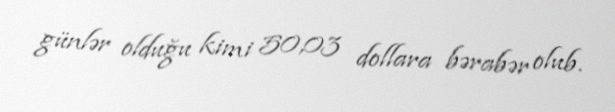
günlər olduğu kimi 50,03 dollara bərabər olub.